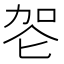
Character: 𰇠